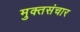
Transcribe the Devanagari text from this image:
मुक्तसंचार